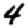
Digit: 4